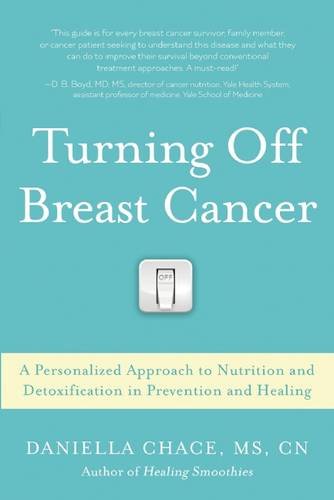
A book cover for Turning Off Breast Cancer: A Personalized Approach to Nutrition and Detoxification in Prevention and Healing; M.S. Daniella Chace; Health, Fitness & Dieting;